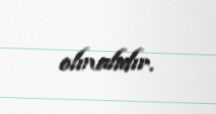
olmalıdır.